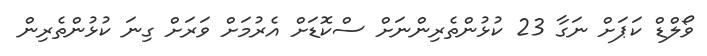
ވޯލްޑް ކަޕަށް ނަގާ 23 ކުޅުންތެރިންނަށް ސްކޮޑަށް އެރުމަށް ވަރަށް ގިނަ ކުޅުންތެރިން